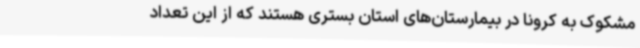
مشکوک به کرونا در بیمارستان‌های استان بستری هستند که از این تعداد